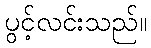
ပွင့်လင်းသည်။